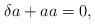
LaTeX: \begin{align*}\delta a + aa = 0,\end{align*}